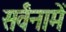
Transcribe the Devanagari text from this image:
सर्वंनामें